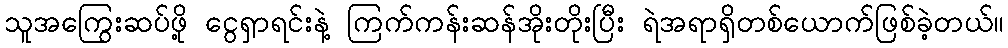
သူအကြွေးဆပ်ဖို့ ငွေရှာရင်းနဲ့ ကြက်ကန်းဆန်အိုးတိုးပြီး ရဲအရာရှိတစ်ယောက်ဖြစ်ခဲ့တယ်။